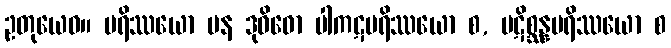
ဥတုယေဝ။ ပရိဿယော ပန ဒုဝိဓော ပါကဋပရိဿယော စ, ပဋိစ္ဆန္နပရိဿယော စ